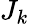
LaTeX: J_{k}